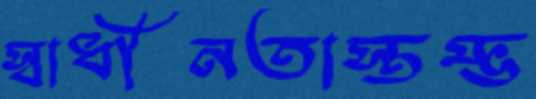
স্বাধীনতাস্তম্ভ